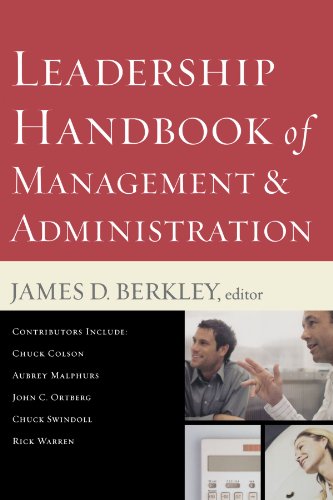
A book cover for Leadership Handbook of Management and Administration; Christian Books & Bibles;